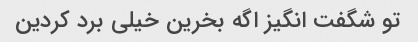
تو شگفت انگیز اگه بخرین خیلی برد کردین